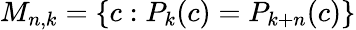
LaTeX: M_{n,k}=\{ c:P_{k}(c)=P_{k+n}(c)\}